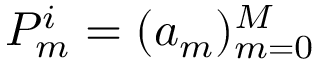
P _ { m } ^ { i } = ( a _ { m } ) _ { m = 0 } ^ { M }